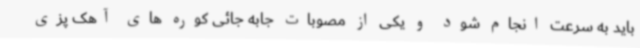
باید به سرعت انجام شود و یکی از مصوبات جابه جائی کوره های آهک پزی